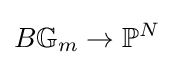
B\mathbb {G} _{m}\to \mathbb {P} ^{N}